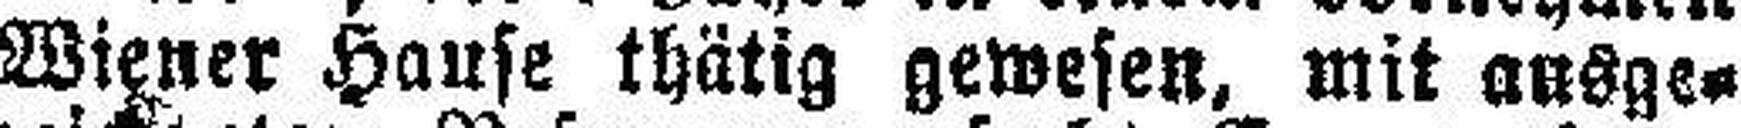
Wiener Hause thätig gewesen, mit ausge¬